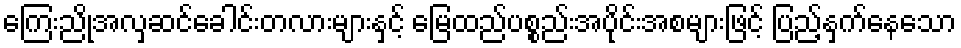
ကြေးညိုအလှဆင်ခေါင်းတလားများနှင့် မြေထည်ပစ္စည်းအပိုင်းအစများဖြင့် ပြည့်နှက်နေသော